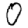
Digit: 0